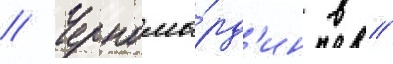
// Черномы́рд'ин в //